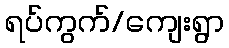
ရပ်ကွက်/ကျေးရွာ